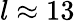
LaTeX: l\approx 13